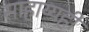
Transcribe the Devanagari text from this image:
साहाय्यही